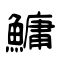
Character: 鱅